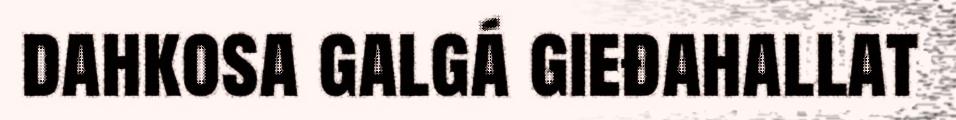
dahkosa galgá gieđahallat